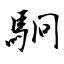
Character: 駉